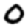
Digit: 0